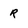
Character: R